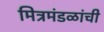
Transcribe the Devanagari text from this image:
मित्रमंडळांची